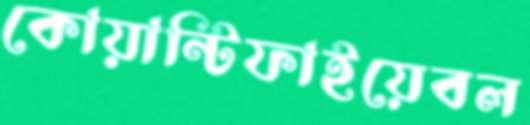
কোয়ান্টিফাইয়েবল